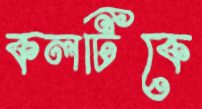
কলটিকে